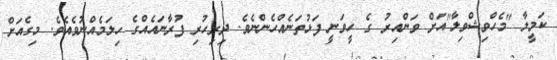
ކަމީލާ "މެހްވިޝްވިލާ"އަށް ވަންއިރު ގެ ހީވަނީ ފަޅުތަނެއްހެންނެވެ. ދިރިހުރި ފުރާނައެއްގެ ހިލަމެއްނުވެއެވެ. މިގެއަށް